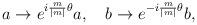
LaTeX: \begin{align*}a\rightarrow e^{i{m\over{\mid m\mid }}\theta }a,~~~b\rightarrow e^{-i{m\over{\mid m\mid }}\theta }b,\end{align*}